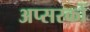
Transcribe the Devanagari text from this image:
अप्सरकों